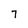
Character: 7